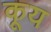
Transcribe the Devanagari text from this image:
कूय